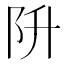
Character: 阩